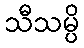
သီသမ္ပိ